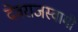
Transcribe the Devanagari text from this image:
देवराजस्वामी